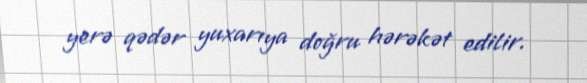
yerə qədər yuxarıya doğru hərəkət edilir.